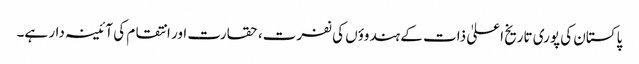
پاکستان کی پوری تاریخ اعلیٰ ذات کے ہندوؤں کی نفرت، حقارت اور انتقام کی آئینہ دار ہے۔